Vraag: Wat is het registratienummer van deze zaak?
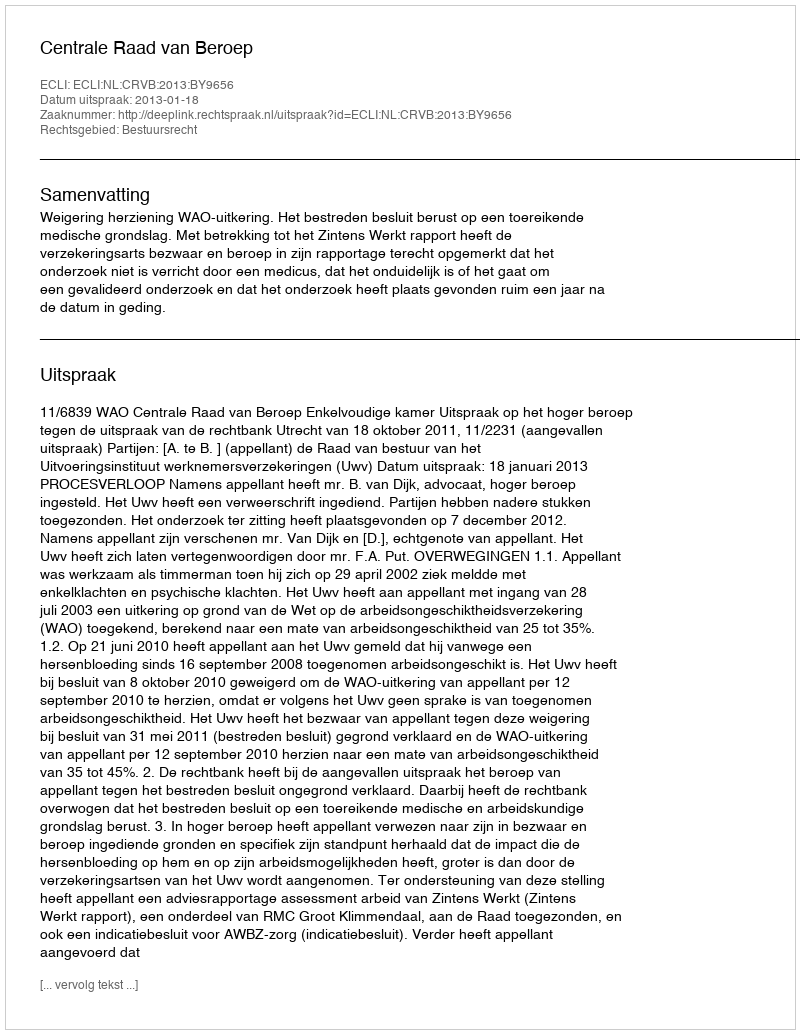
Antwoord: http://deeplink.rechtspraak.nl/uitspraak?id=ECLI:NL:CRVB:2013:BY9656